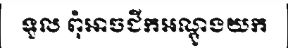
ទួល ពុំអាចជីកអណ្តូងយក